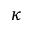
~ ~ ~ ~ ~ ~ ~ ~ ~ ~ ~ ~ ~ ~ \kappa